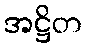
အဋ္ဌိတ